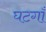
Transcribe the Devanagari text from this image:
घटगाँ